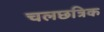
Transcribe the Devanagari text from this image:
चलछत्रिक